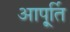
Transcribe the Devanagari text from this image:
आपू्र्ति